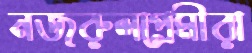
নজরুলপ্রেমীরা